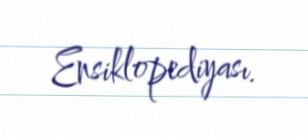
Ensiklopediyası.